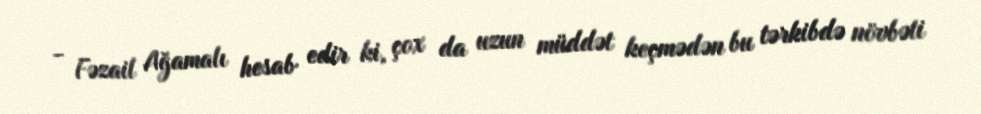
- Fəzail Ağamalı hesab edir ki, çox da uzun müddət keçmədən bu tərkibdə növbəti